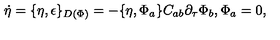
\dot { \eta } = \{ \eta , \epsilon \} _ { D ( \Phi ) } = - \{ \eta , \Phi _ { a } \} C _ { a b } \partial _ { \tau } \Phi _ { b } , \Phi _ { a } = 0 ,